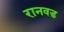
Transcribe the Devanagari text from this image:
रानवड